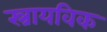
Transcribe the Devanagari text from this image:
स्त्रायविक